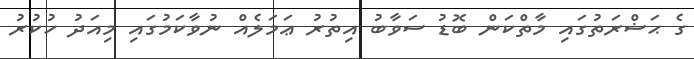
ގެ ޙަޟްރަތުގައި މާތްކަން ބޮޑު ސަވާބު އިތުރު ޢަމަލެއް ނުވާކަމުގައި މިއަދު ހުކުރު